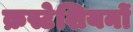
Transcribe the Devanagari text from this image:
क्रस्टेशियनों